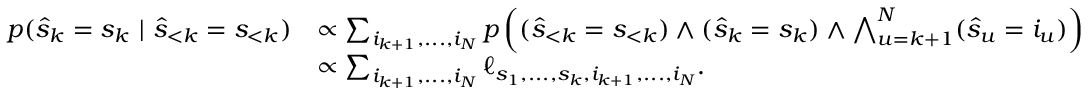
\begin{array} { r l } { p ( \hat { s } _ { k } = s _ { k } \ \vert \ \hat { s } _ { < k } = s _ { < k } ) } & { \propto \sum _ { i _ { k + 1 } , . . . , i _ { N } } p \left( ( \hat { s } _ { < k } = s _ { < k } ) \wedge ( \hat { s } _ { k } = s _ { k } ) \wedge \bigwedge _ { u = k + 1 } ^ { N } ( \hat { s } _ { u } = i _ { u } ) \right) } \\ & { \propto \sum _ { i _ { k + 1 } , . . . , i _ { N } } \ell _ { s _ { 1 } , . . . , s _ { k } , i _ { k + 1 } , . . . , i _ { N } } . } \end{array}